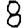
Digit: 8